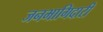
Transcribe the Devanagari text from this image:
जनभागिदारी